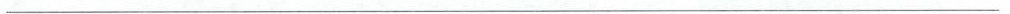
___